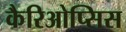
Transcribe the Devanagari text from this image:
कैरिओप्सिस